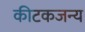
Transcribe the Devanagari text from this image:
कीटकजन्य